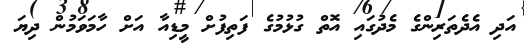
އަދި އެދެތަރިންގެ މެދުގައި އޮތް ގުޅުމުގެ ފަތިފުށް މީޑިއާ އަށް ހާމަވަމުން ދިޔަ